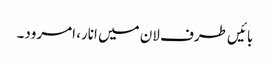
بائیں طرف لان میں انار، امرود۔